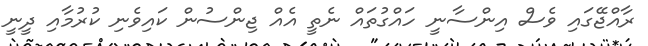
ރާއްޖޭގައި ވެސް އިންސާނީ ހައްގުތައް ނެތީ އެއް ޖިންސުން ކައިވެނި ކުރުމާއި ދީނީ